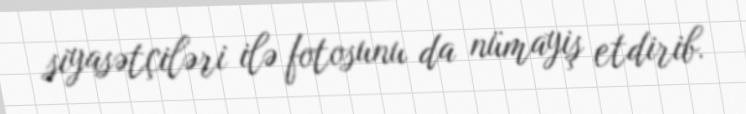
siyasətçiləri ilə fotosunu da nümayiş etdirib.